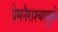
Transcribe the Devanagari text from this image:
प्रेमनैराश्‍यामुळे